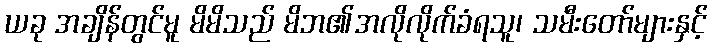
ယခု အချိန်တွင်မူ မိမိသည် မိဘ၏အလိုလိုက်ခံရသူ၊ သမီးတော်များနှင့်